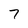
Character: 7